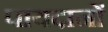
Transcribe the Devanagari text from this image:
पायदानों